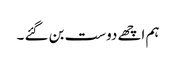
ہم اچھے دوست بن گئے ۔